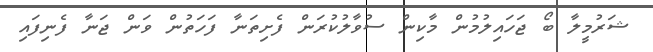
ޝަރުމީލާ ބޯ ޖަހައިލުމުން މާކިން ސުވާލުކުރަން ފެށިތަނާ ފަހަތުން ވަން ޖަނާ ފެނިފައި